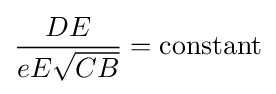
{\frac {DE}{eE{\sqrt {CB}}}}={\text{constant}}